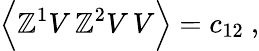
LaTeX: \Big\langle\mathbb{Z}^{1}V\, \mathbb{Z}^{2}V\, V\Big\rangle=c_{12}\ ,